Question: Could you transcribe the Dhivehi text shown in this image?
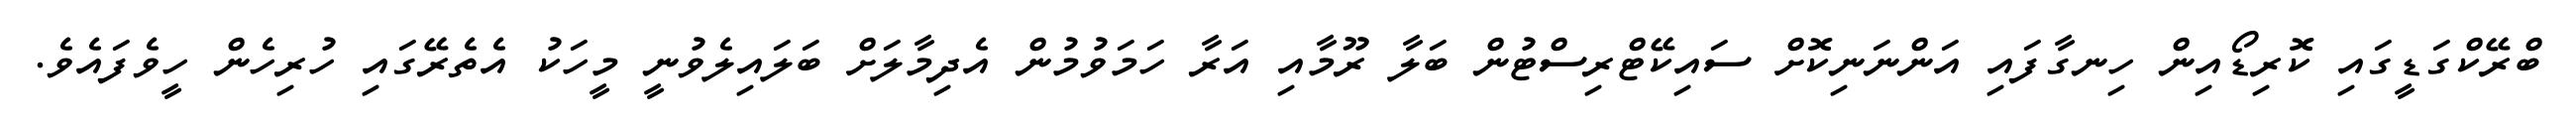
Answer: ބްރޭކްގަޑީގައި ކޮރިޑޯއިން ހިނގާފައި އަންނަނިކޮށް ސައިކޭޓްރިސްޓުން ބަލާ ރޫމާއި އަރާ ހަމަވުމުން އެދިމާލަށް ބަލައިލެވުނީ މީހަކު އެތެރޭގައި ހުރިހެން ހީވެފައެވެ.